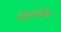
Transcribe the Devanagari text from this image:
वेइच्सेल